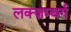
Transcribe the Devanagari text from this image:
लक्ज़म्बर्ग